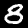
Label: 8